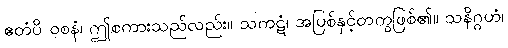
ဧတံပိ ဝစနံ၊ ဤစကားသည်လည်း။ သကဋံ၊ အပြစ်နှင့်တကွဖြစ်၏။ သနိဂ္ဂဟံ၊